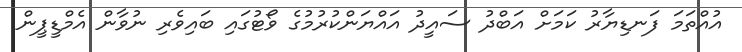
އުއްތަމަ ފަނޑިޔާރު ކަމަށް އަބްދު ސައީދު އައްޔަންކުރުމުގެ ވޯޓުގައި ބައިވެރި ނުވާން އެމްޑީޕީން